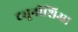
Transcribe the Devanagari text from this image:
ट्यूनीशिआ